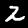
Digit: 2